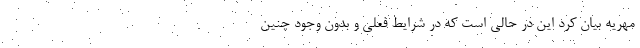
مهریه بیان کرد این در حالی است که در شرایط فعلی و بدون وجود چنین